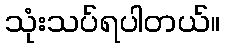
သုံးသပ်ရပါတယ်။